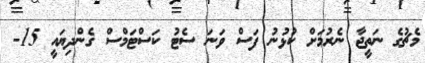
މެޗުގެ ނަތީޖާ ނެރުމަށް ކުޅުނު ފަސް ވަނަ ސެޓު ކަސްޓަމްސް ގެންދިޔައީ 15-